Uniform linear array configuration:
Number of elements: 8
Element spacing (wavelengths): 1
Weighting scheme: hamming
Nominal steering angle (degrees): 60
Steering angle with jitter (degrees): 60.636
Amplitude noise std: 0.05
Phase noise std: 0.05

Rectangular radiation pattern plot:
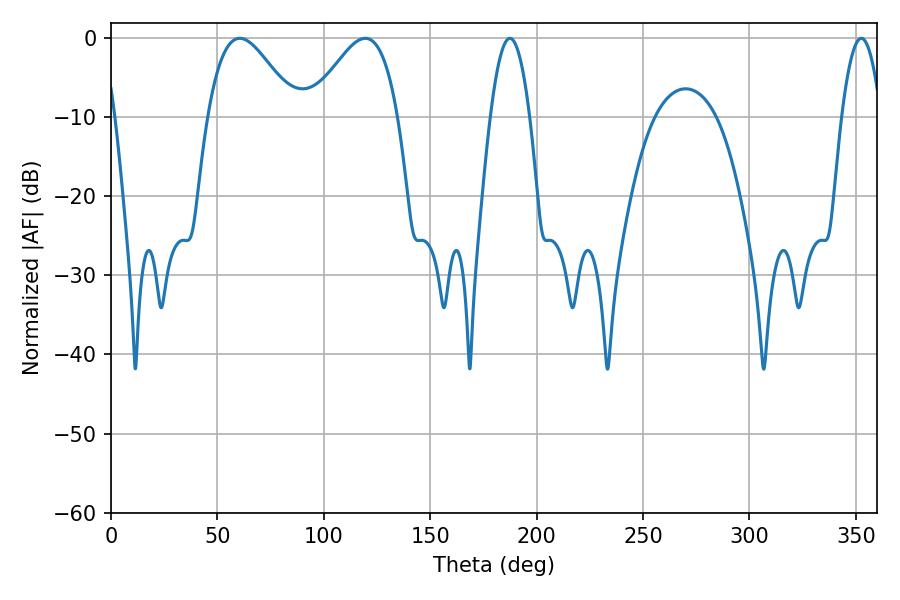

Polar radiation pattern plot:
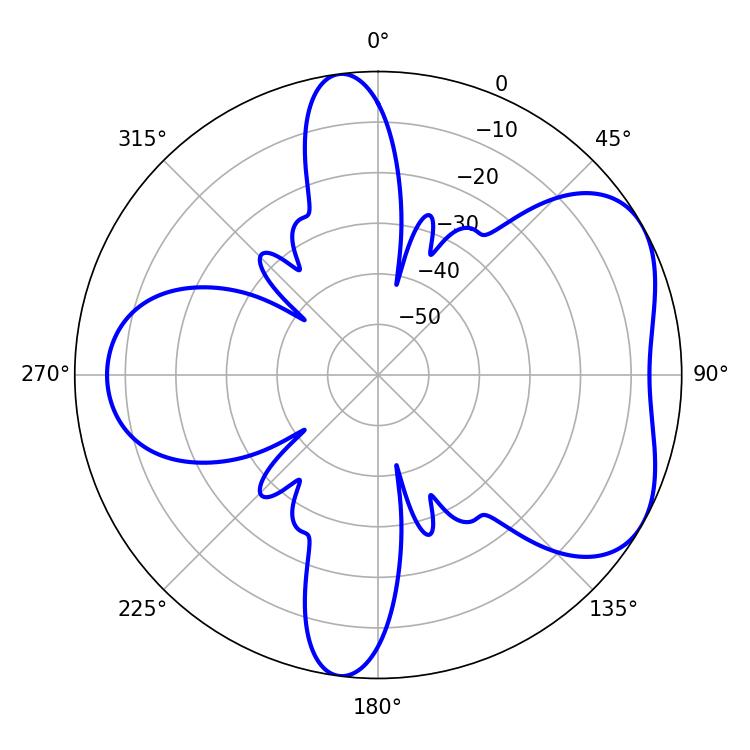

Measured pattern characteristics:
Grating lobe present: TRUE
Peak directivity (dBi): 5.128
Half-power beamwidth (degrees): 22.14
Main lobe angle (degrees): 60.48